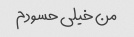
من خیلی حسودم